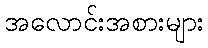
အလောင်းအစားများ